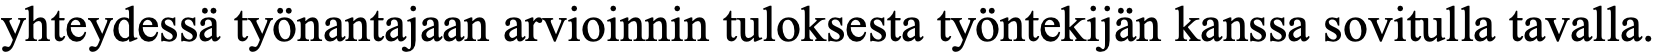
yhteydessä työnantajaan arvioinnin tuloksesta työntekijän kanssa sovitulla tavalla.